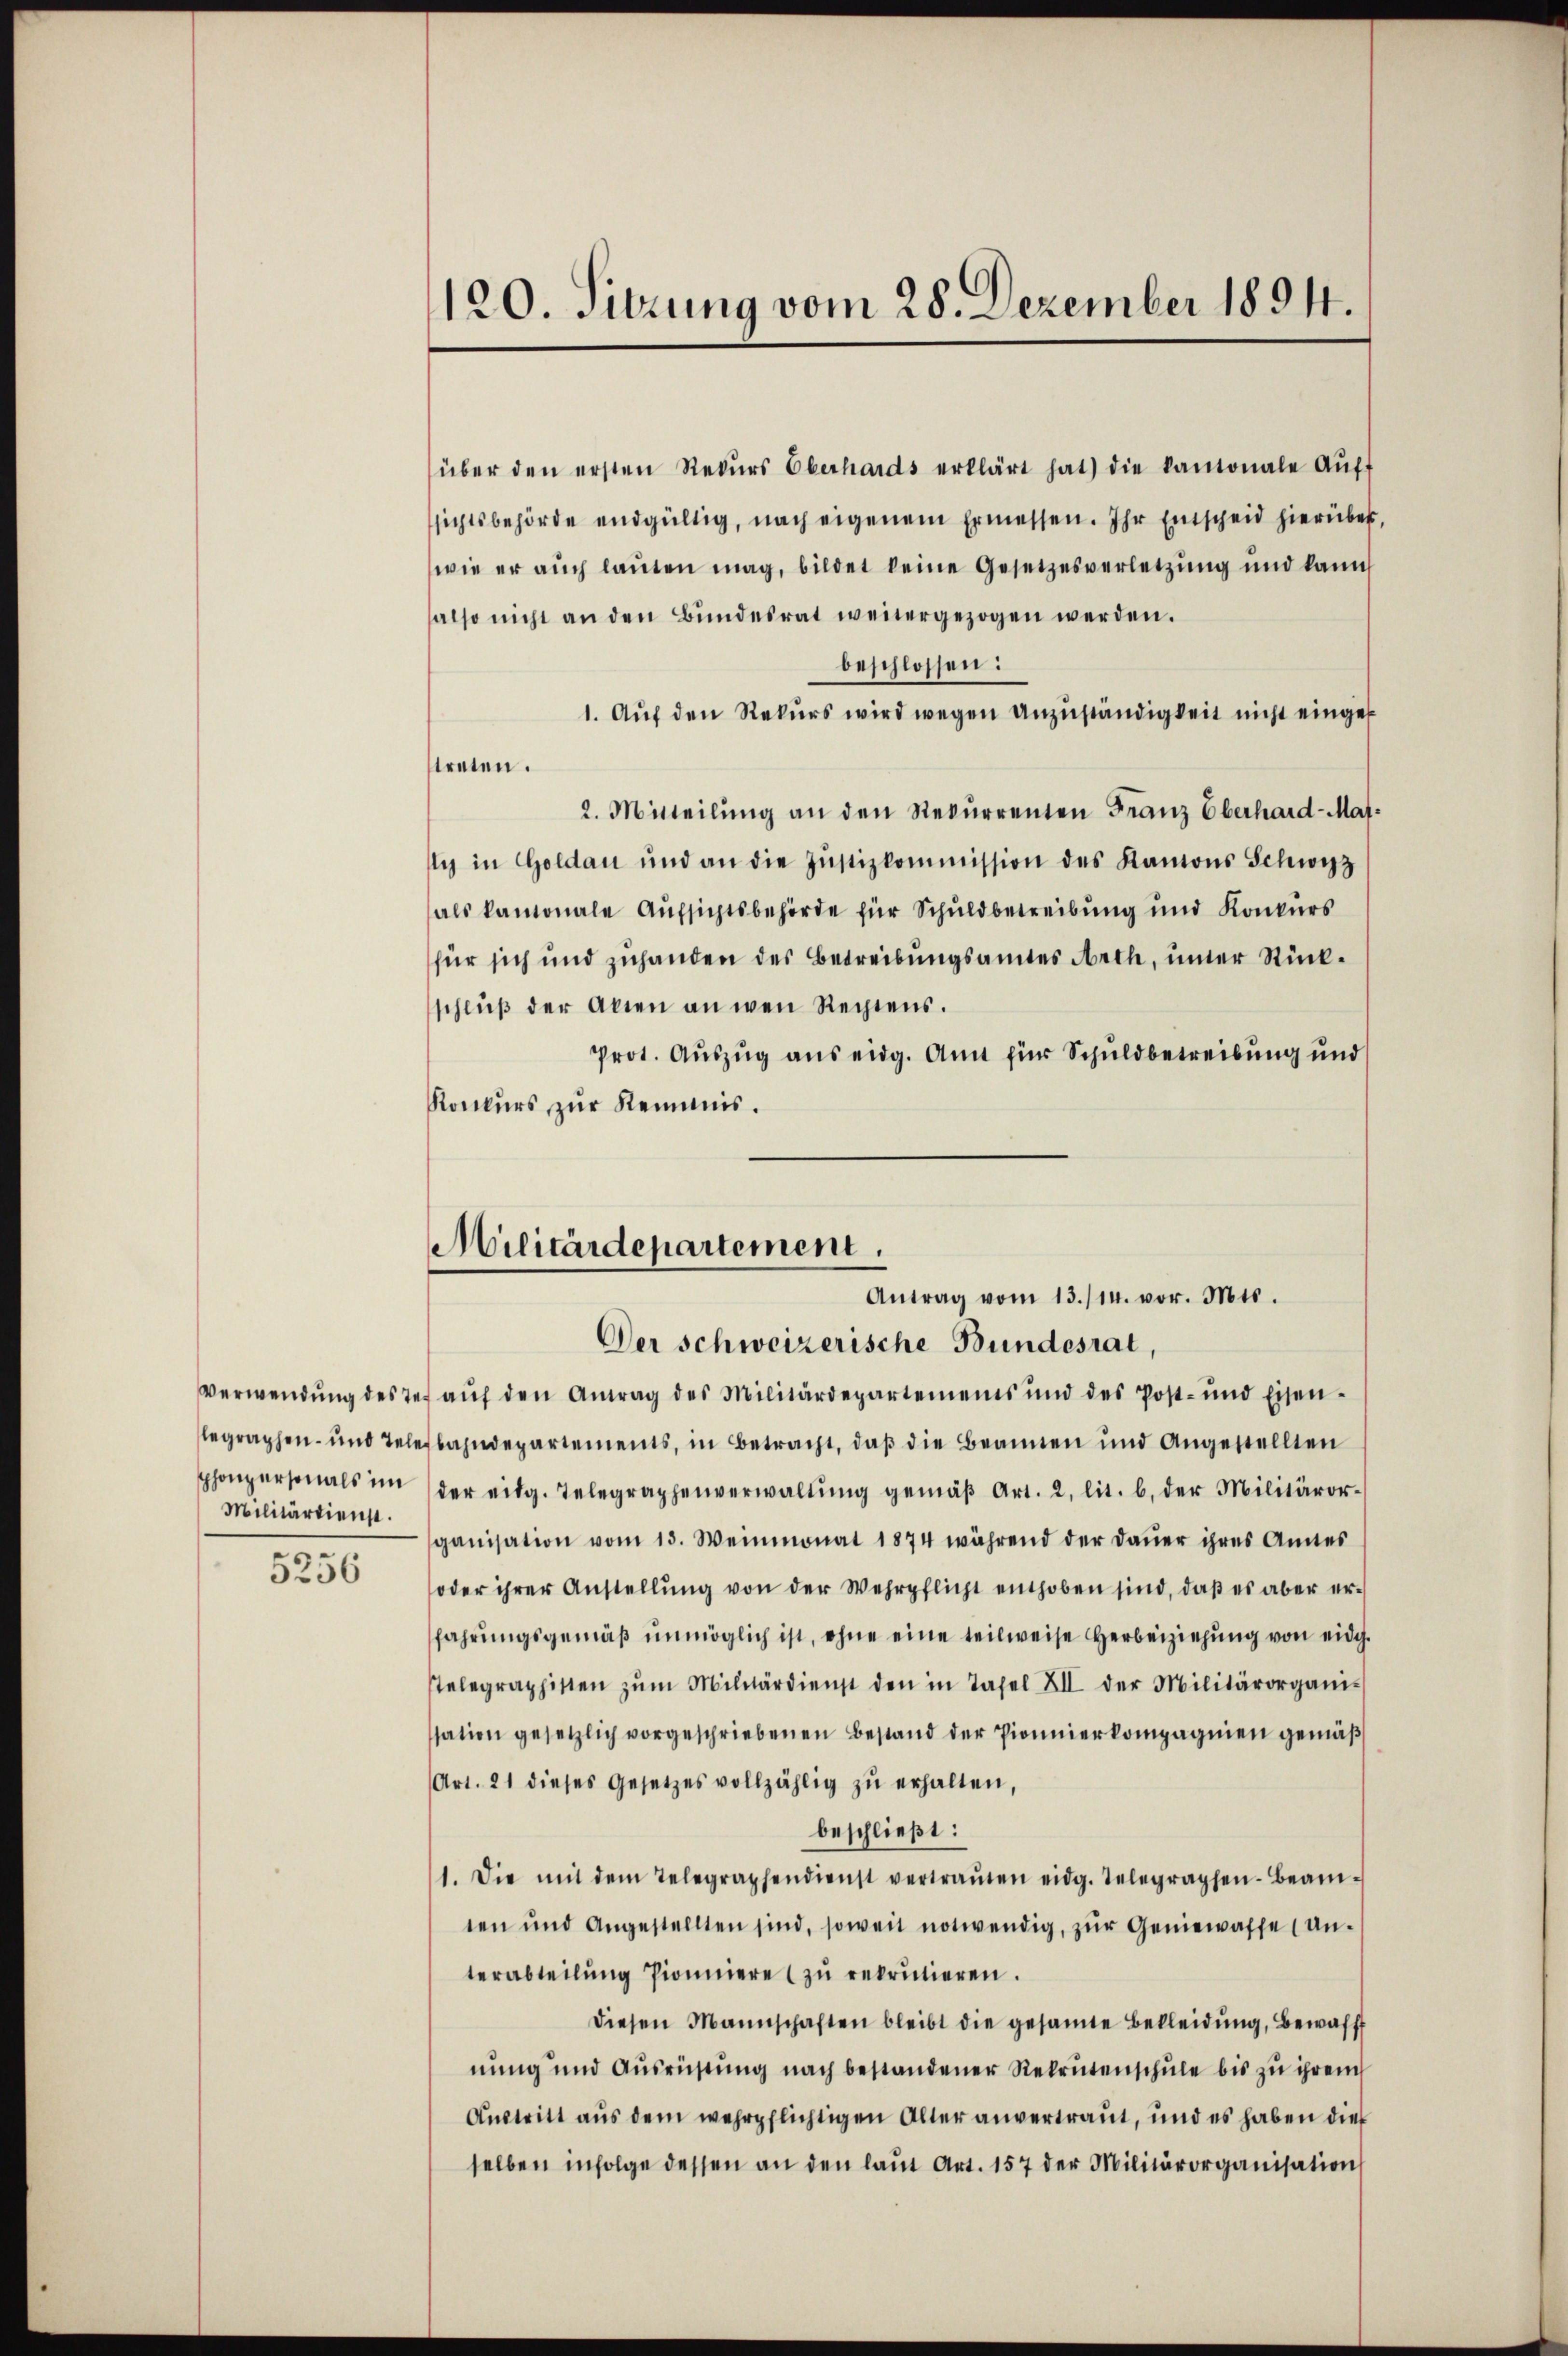
Militärdienst.

5256

120. Sitzung vom 28. Dezember 1894.

Militärdepartement.
Antrag vom 13./14. vor. Mts.

über den ersten Rekŭrs Oberhards erklärt hat die kantonale Aŭft
sichtsbehörde endgültig, nach eigenem Ermessen. Ihr Entscheid hierüber,
wie er auch lauten mag, bildet keine Gesetzesverletzung und kann
also nicht an den Bundesrat weitergezogen werden.
beschlossen:
1. Aŭf den Rekurs wird wegen Anzuständigkeit nicht eingek
streten.
2. Mitteilung an den Rekurrenten Franz Eberhard-Masy in Goldau und an die Justizkommission des Kantons Schwyz
als kamonale Aufsichtsbehörde für Schuldbetreibung und Konkurs
für sich und zuhanden des Betreibungsamtes Arch, unter Rückschlŭβ der Akten an wen Rechtens.
Prot. Auszug aus eidg. Amt für Schuldbetreibung und
Konkŭrs zŭr Kemnis.
Der schweizerische Bundesrat,
Verwendŭng des Jes aŭf den Antrag des Militärdepartemens und des Post- und Eisen-
legraphen- und Telefbahndepartements, in Betracht, daβ die Beannen und Angestellten
phonpersonals in der eidg. Telegraphenverwaltŭng gemäβ Art. 2, lit. b. der Militäror-
ganisation vom 13. Weinmonat 1874 während der Dauer ihres Amtes
oder ihrer Anstellŭng von der Wehrpflicht enthoben sind, daß es aber erfahrungsgemäß unmöglich ist, ohne eine teilweise Herbeiziehung von eidg.
stelegraphisten zŭm Militärdienst den in Tafel XII der Militärorganis
ssation gesetzlich vorgeschriebenen Bestand der Pionierkompagnien gemäβ
(Art. 21 dieses Gesetzes vollzählig zŭ erhalten,
beschließt:
1. Die mit dem Telegraphendienst vertraŭten eidg. Telegraphen-Beam-
ten und Angestellten sind, soweit notwendig, zŭr Geniewasse (unterabteilŭng Pioniere zŭ rekrutieren.
diesen Mannschaften bleibt die gesamte Bekleidŭng, Bewaff
nung und Ausrüstung nach bestandener Rekrutenschule bis zu ihrem
Austritt aus dem wehrpflichtigen Alter anvertraut, und es haben dies
selben infolge dessen an den laŭt Art. 157 der Militärorganisation